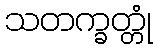
သတက္ခတ္တုံ